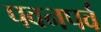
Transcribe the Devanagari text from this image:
पवनपर्व